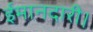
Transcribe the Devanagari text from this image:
ईमानदारी।